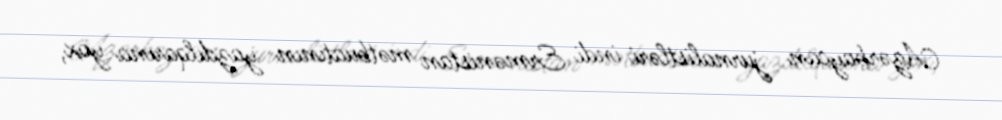
Azərbaycan jurnalistləri indi Ermənistan mətbuatının yazdılqarına yox,